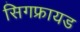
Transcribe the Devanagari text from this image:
सिगफ्रायड